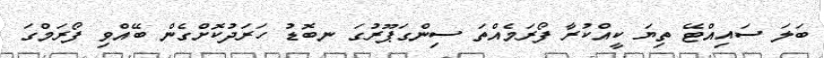
ބަލަ ސައިއްޓޭ ތިޔަ ކީއްކުރާ ފޯރަމެއްތަ ސިންގަޕޫރުގަ ނބޮޑު ހަރަދުކޮށްގެން ބޭއްވި ފޯރަމްގަ